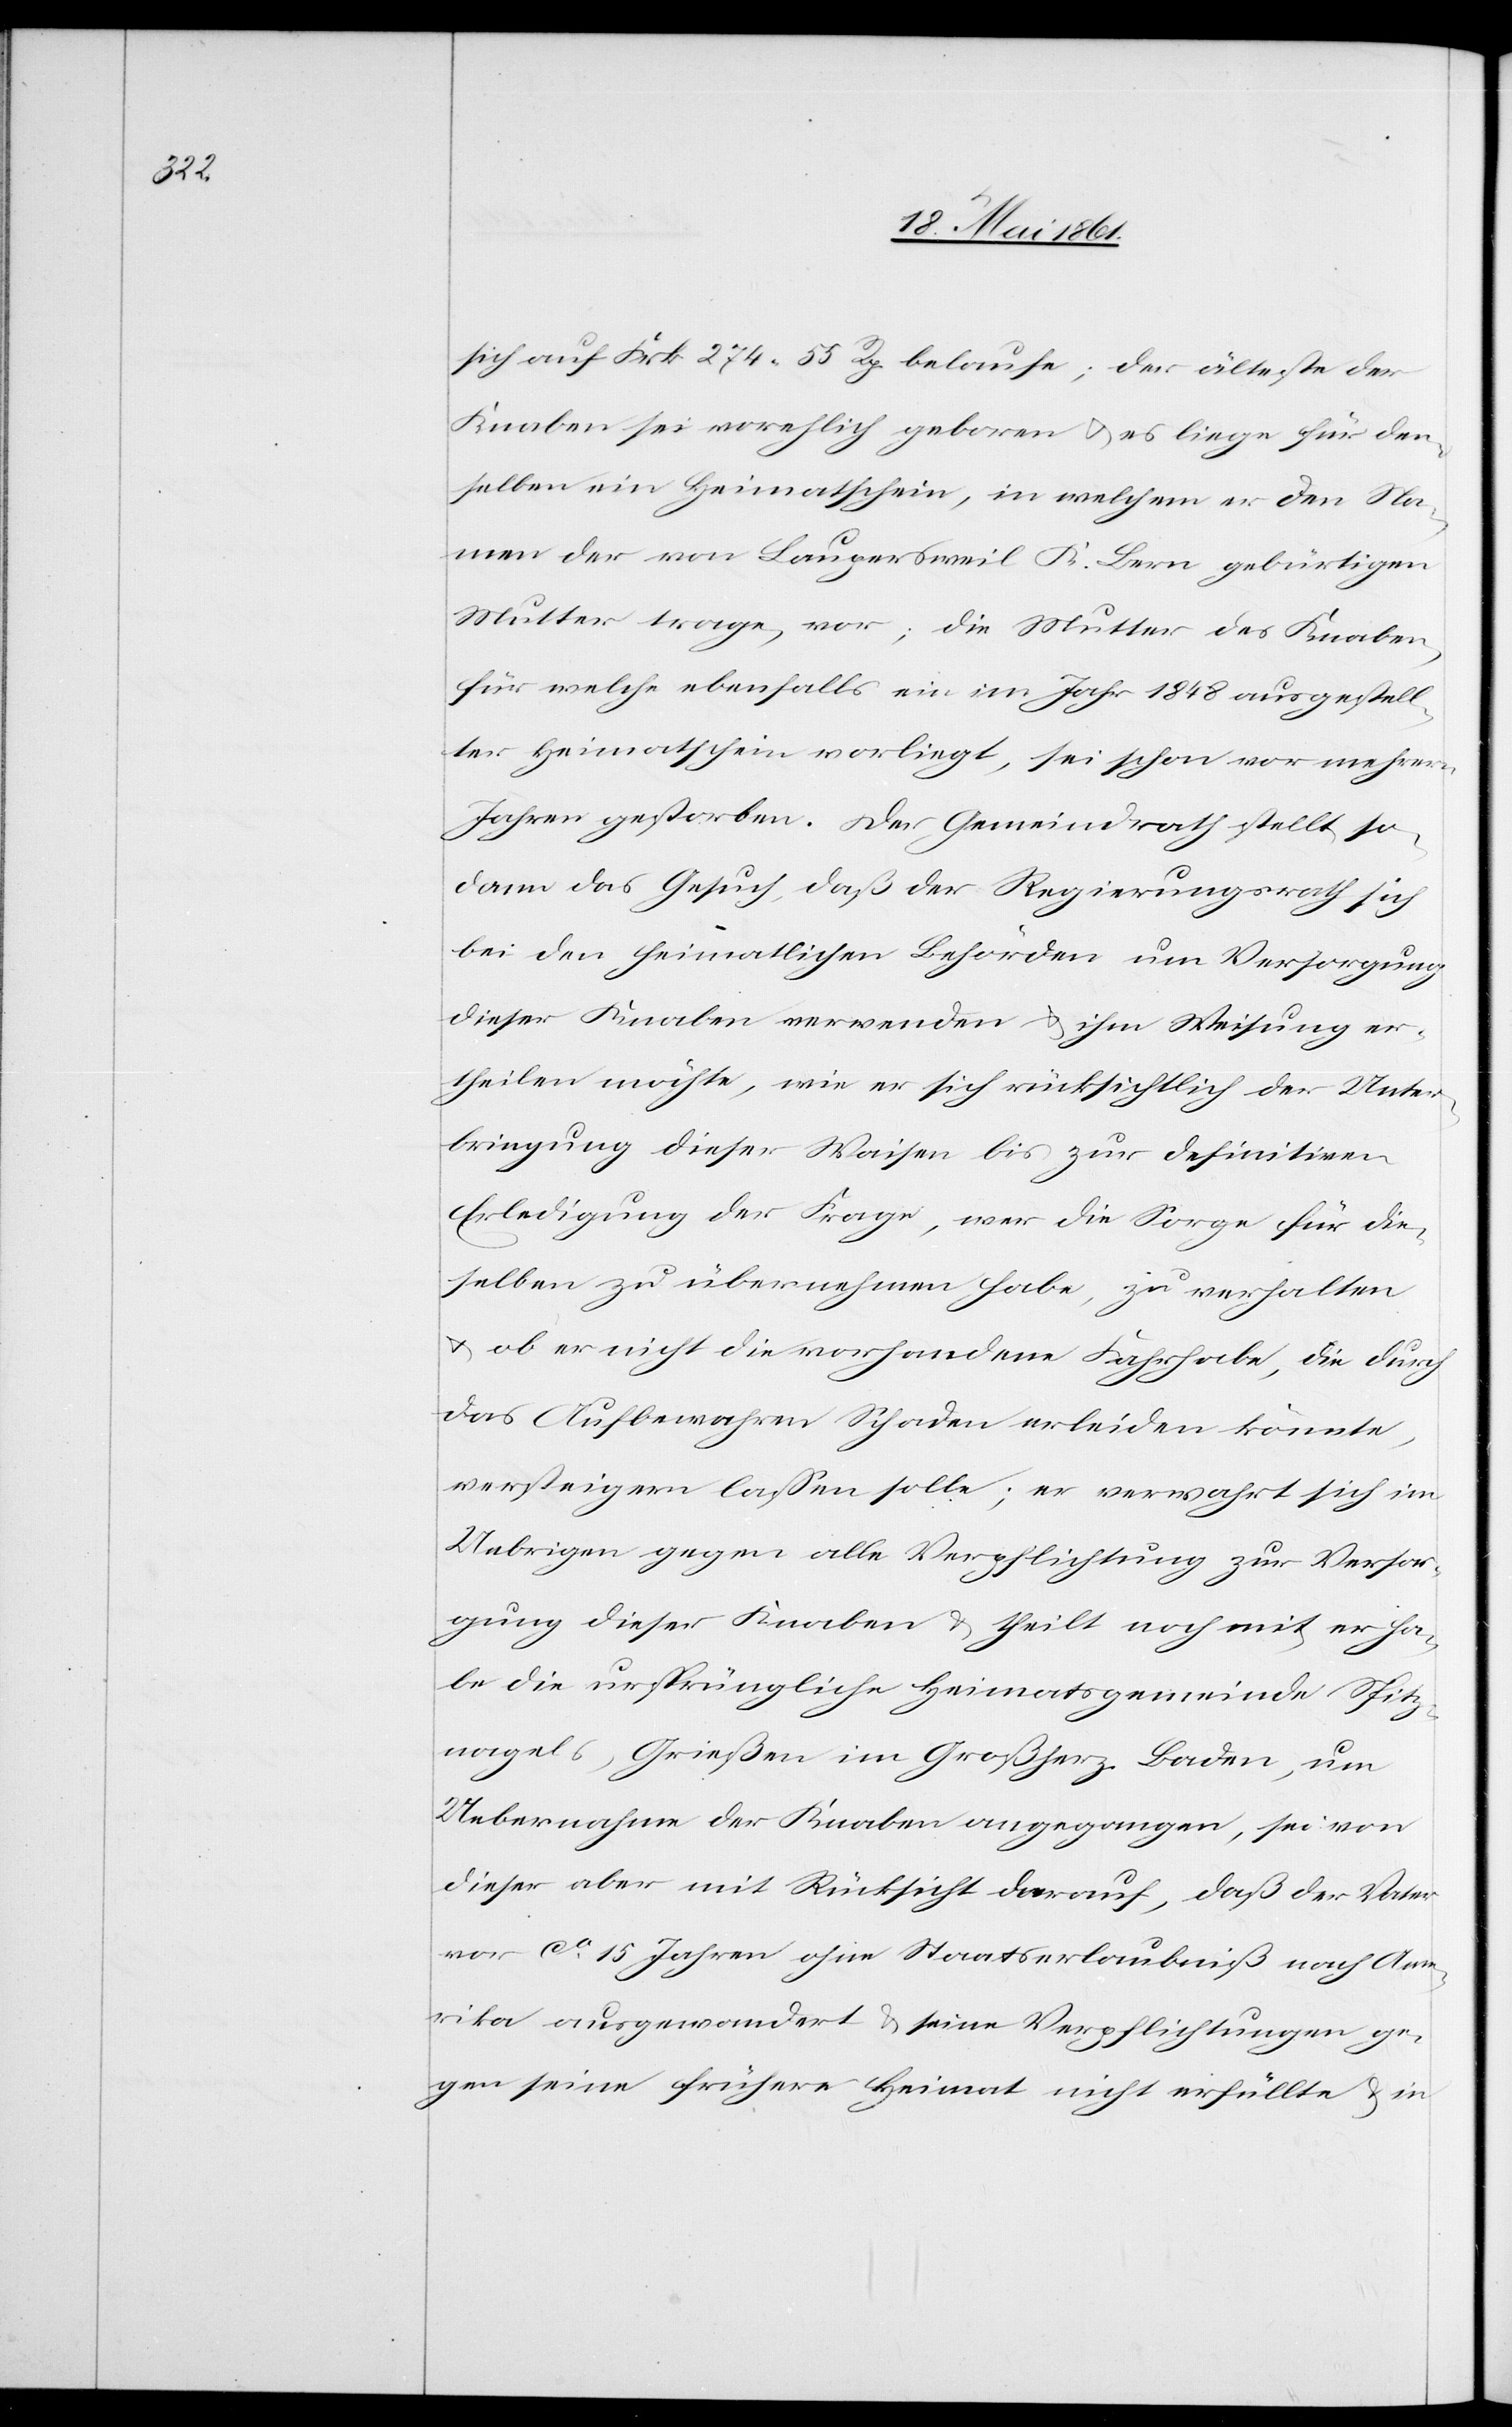
sich auf Frk. 274 55 Rp. belaufe; der älteste der
Knaben sei verehlich geboren u. es liege für den¬
selben ein Heimatschein, in welchem er den Na¬
men der von Laupersweil K. Bern gebürtigen
Mutter trage, vor; die Mutter des Knaben,
für welche ebenfalls ein im Jahr 1848 ausgestell¬
ter Heimathschein vorliegt, sei schon vor mehrern
Jahren gestorben. Der Gemeindrath stellt so¬
dann das Gesuch, daß der Regierungsrath sich
bei den heimatlichen Behörden um Versorgung
dieser Knaben verwenden u. ihm Weisung er¬
theilen möchte, wie er sich rücksichtlich der Unter¬
bringung dieser Waisen bis zur definitiven
Erledigung der Frage, wer die Sorge für die¬
selben zu übernehmen habe, zu verhalten
u. ob er nicht die vorhandene Fahrhabe, die durch
das Aufbewahren Schaden erleiden könnte,
versteigern lassen solle; er verwahrt sich im
Uebrigen gegen alle Verpflichtung zur Versor¬
gung dieser Knaben u. theilt noch mit, er ha¬
be die ursprüngliche Heimatgemeinde Spitz¬
nagels, Grießen im Großherz. Baden, um
Uebernahme der Knaben angegangen, sei von
dieser aber mit Rücksicht darauf, daß der Vater
vor ca 15 Jahren ohne Staatserlaubnis nach Ame¬
rika ausgewandert u. seine Verpflichtungen ge¬
gen seine frühere Heimat nicht erfüllte u. in